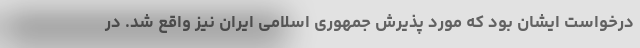
درخواست ایشان بود که مورد پذیرش جمهوری اسلامی ایران نیز واقع شد. در